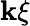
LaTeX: \mathbf{k}\xi